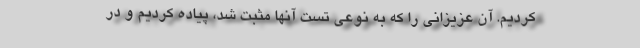
کردیم. آن عزیزانی را که به نوعی تست آنها مثبت شد، پیاده کردیم و در